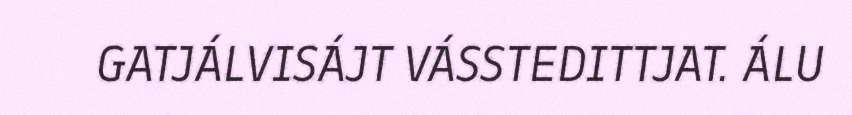
GATJÁLVISÁJT VÁSSTEDITTJAT. ÁLU